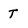
Character: T